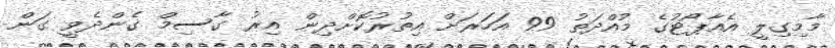
މާމިގިލީ އެއާޕޯޓުގެ މުއްދަތު 99 އަހަރަށް އިތުރުކޮށްދިން އިރު ގާސިމް ގެންދެވީ ގަން